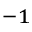
^ { - 1 }